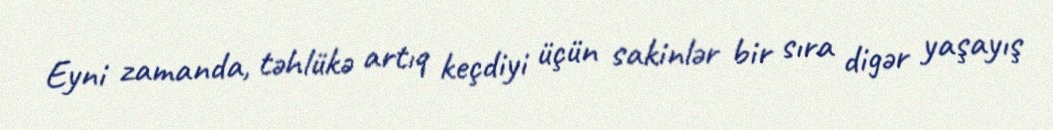
Eyni zamanda, təhlükə artıq keçdiyi üçün sakinlər bir sıra digər yaşayış